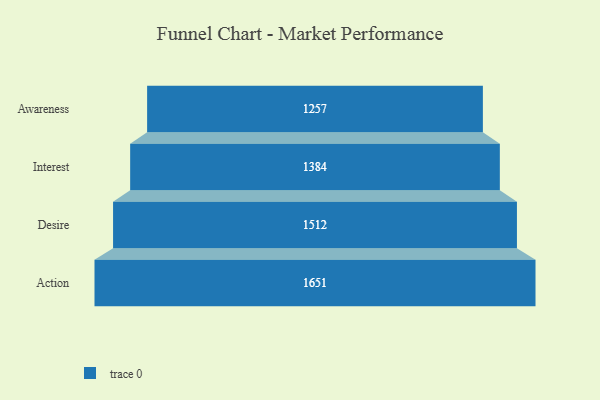
{"axis": {"x": "Stage", "y": "Value"}, "legend": [""], "data": [{"x": "Awareness", "y": 1257.0, "type": ""}, {"x": "Interest", "y": 1384.0, "type": ""}, {"x": "Desire", "y": 1512.0, "type": ""}, {"x": "Action", "y": 1651.0, "type": ""}]}